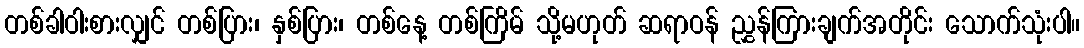
တစ်ခါဝါးစားလျှင် တစ်ပြား၊ နှစ်ပြား၊ တစ်နေ့ တစ်ကြိမ် သို့မဟုတ် ဆရာဝန် ညွှန်ကြားချက်အတိုင်း သောက်သုံးပါ။